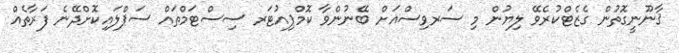
ޤާނޫނީގޮތުން ގެޒެޓްކުރެވޭ ލިޔުން މި ސަރވިސްއަށް ބޭނުންވާ ކޮމްޕިއުޓަރ ސިސްޓަމްތައް ސަޕްލައިކޮށްދޭނެ ފަރާތެއް